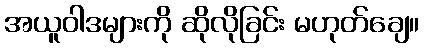
အယူဝါဒများကို ဆိုလိုခြင်း မဟုတ်ချေ။